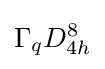
\Gamma _{q}D_{4h}^{8}